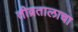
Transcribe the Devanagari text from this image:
तीव्रतालाचा